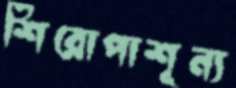
শিরোপাশূন্য